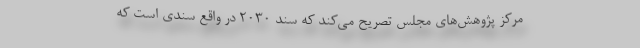
مرکز پژوهش‌های مجلس تصریح می‌کند که سند ۲۰۳۰ در واقع سندی است که